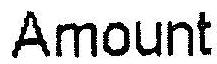
AMOUNT